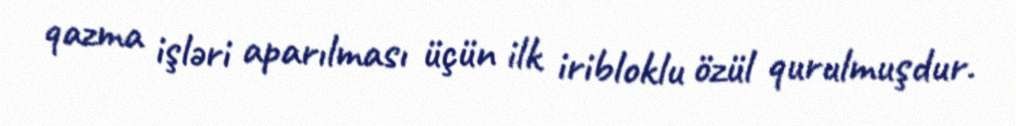
qazma işləri aparılması üçün ilk iribloklu özül qurulmuşdur.